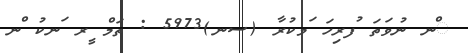
ްނ ނުވަތަ ުފރިހަ ަމކުރާ (ސނ)5973 : ތަމް ީރ ަނކު ްނ